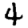
Digit: 4